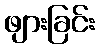
ဖျားခြင်း